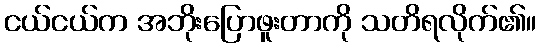
ငယ်ငယ်က အဘိုးပြောဖူးတာကို သတိရလိုက်၏။